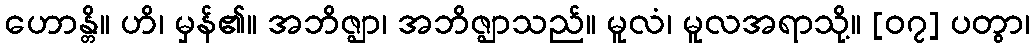
ဟောန္တိ။ ဟိ၊ မှန်၏။ အဘိဇ္ဈာ၊ အဘိဇ္ဈာသည်။ မူလံ၊ မူလအရာသို့။ [၀၇] ပတွာ၊